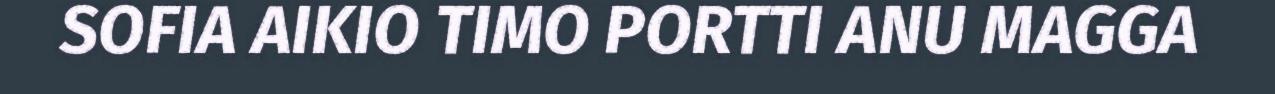
SOFIA AIKIO TIMO PORTTI ANU MAGGA